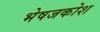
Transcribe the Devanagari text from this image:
भेषजकोश